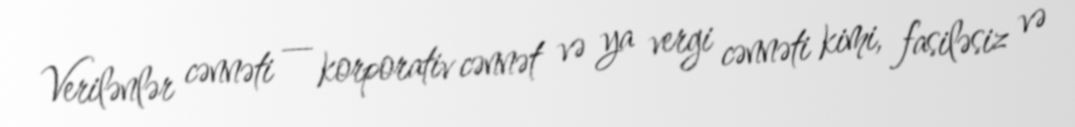
Verilənlər cənnəti — korporativ cənnət və ya vergi cənnəti kimi, fasiləsiz və